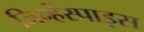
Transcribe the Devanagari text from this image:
जिन्हेंस्पाइस